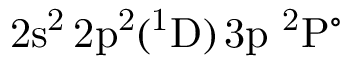
\mathrm { 2 s ^ { 2 } \, 2 p ^ { 2 } ( ^ { 1 } D ) \, 3 p ~ ^ { 2 } P ^ { \circ } }